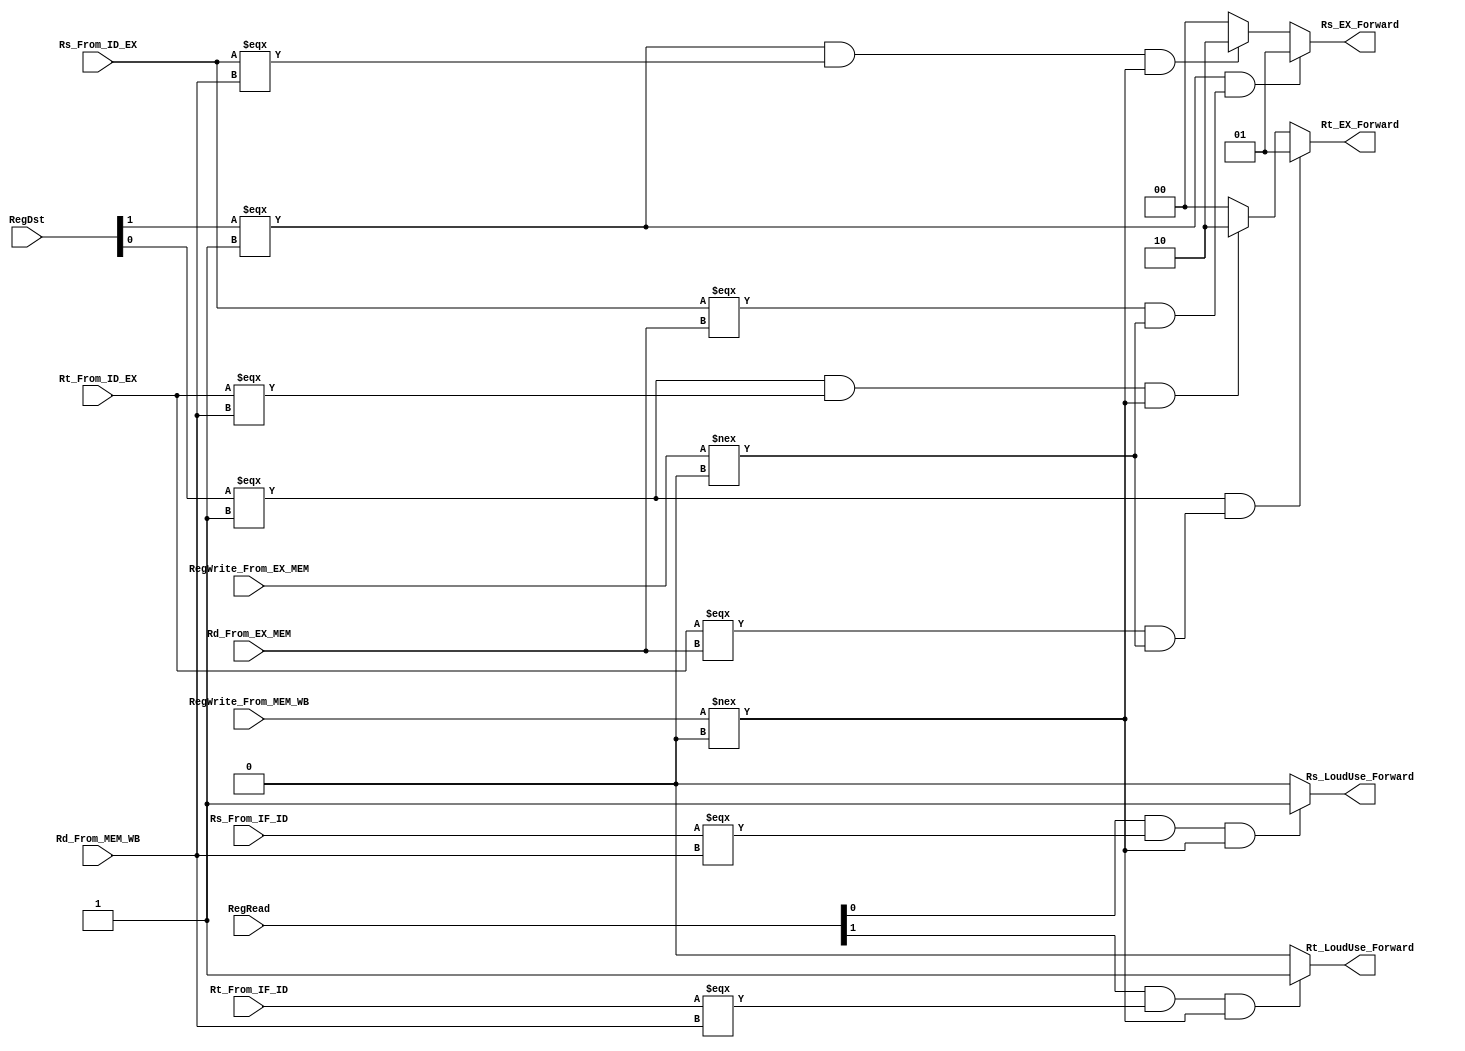
module Forward(
input [1:0]RegDst,
input[4:0] Rt_From_ID_EX,
input[4:0] Rs_From_ID_EX,
input[4:0] Rd_From_EX_MEM,
input[3:0] RegWrite_From_EX_MEM,
input[4:0] Rd_From_MEM_WB,
input[3:0] RegWrite_From_MEM_WB,

output [1:0] Rs_EX_Forward,Rt_EX_Forward,
//LoudUse_Forward
input[4:0] Rt_From_IF_ID,
input[4:0] Rs_From_IF_ID,
input[1:0] RegRead,
output Rs_LoudUse_Forward,Rt_LoudUse_Forward
);

assign Rs_EX_Forward = ((RegDst[1] === 1'b1)&&((Rs_From_ID_EX === Rd_From_EX_MEM) && (RegWrite_From_EX_MEM !== 4'b0000)))?(2'b01):((RegDst[1] === 1'b1) && (Rs_From_ID_EX === Rd_From_MEM_WB) && (RegWrite_From_MEM_WB !== 4'b0000)?2'b10:2'b00);
assign Rt_EX_Forward = ((RegDst[0] === 1'b1)&&((Rt_From_ID_EX === Rd_From_EX_MEM) && (RegWrite_From_EX_MEM !== 4'b0000)))?(2'b01):((RegDst[0] === 1'b1) && (Rt_From_ID_EX === Rd_From_MEM_WB) && (RegWrite_From_MEM_WB !== 4'b0000)?2'b10:2'b00);
assign Rs_LoudUse_Forward = (RegRead[0] & Rs_From_IF_ID === Rd_From_MEM_WB && RegWrite_From_MEM_WB !== 4'b0)?1'b1:1'b0;
assign Rt_LoudUse_Forward = (RegRead[1] & Rt_From_IF_ID === Rd_From_MEM_WB && RegWrite_From_MEM_WB !== 4'b0)?1'b1:1'b0;
//RegRead[0] & RegRead[1] & 

endmodule